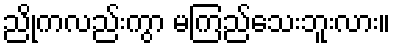
ညိုကလည်းကွာ မကြည်သေးဘူးလား။